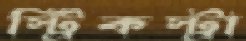
স্ট্রিকস্ট্রা